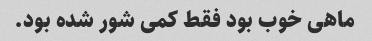
ماهی خوب بود فقط کمی شور شده بود.